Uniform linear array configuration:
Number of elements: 4
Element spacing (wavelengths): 0.5
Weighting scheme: uniform
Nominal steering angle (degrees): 0
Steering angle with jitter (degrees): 0.05001
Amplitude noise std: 0.05
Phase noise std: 0.05

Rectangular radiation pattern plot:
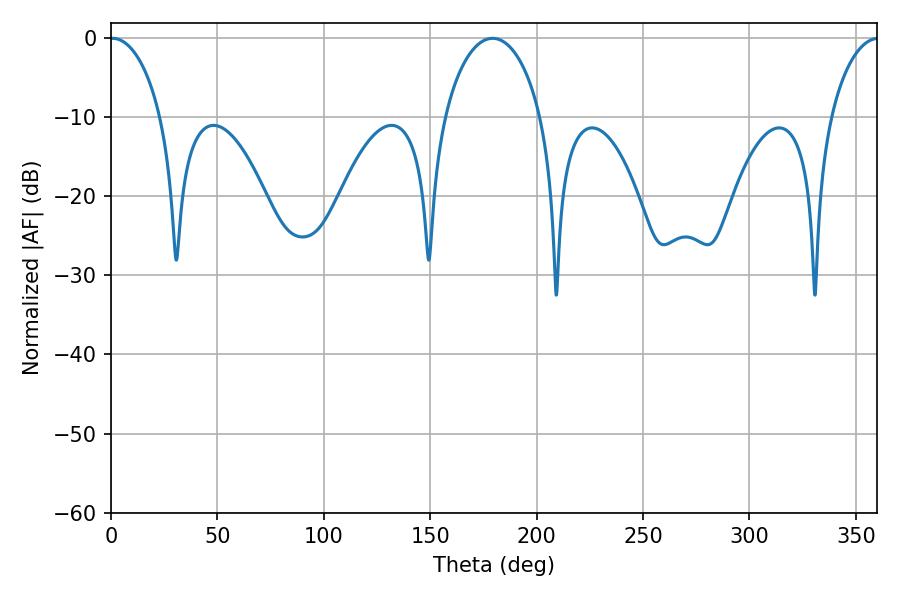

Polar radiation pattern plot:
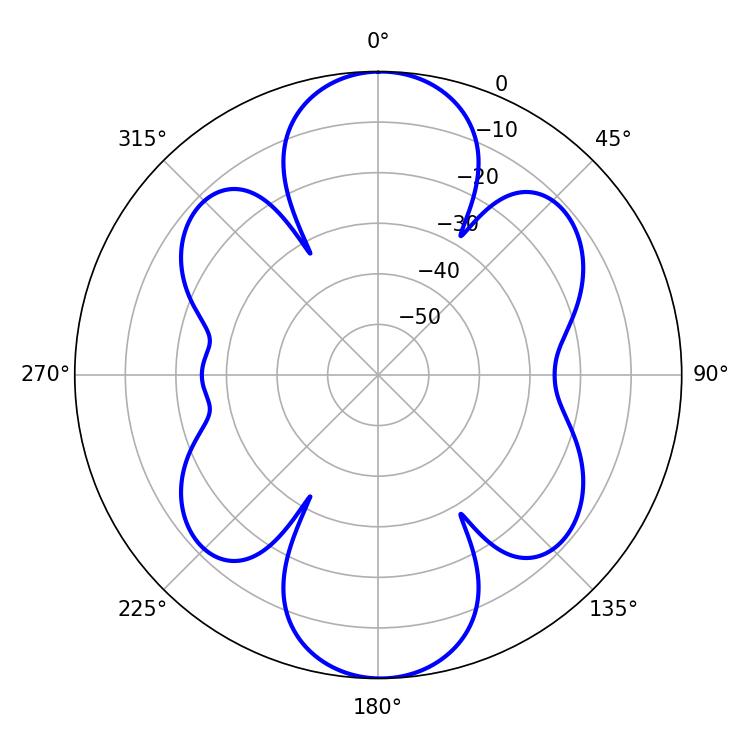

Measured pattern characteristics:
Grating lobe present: FALSE
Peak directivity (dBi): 19.905
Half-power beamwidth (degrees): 13.68
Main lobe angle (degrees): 0.72